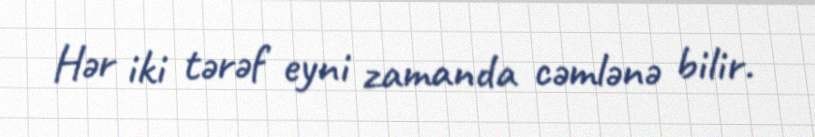
Hər iki tərəf eyni zamanda cəmlənə bilir.